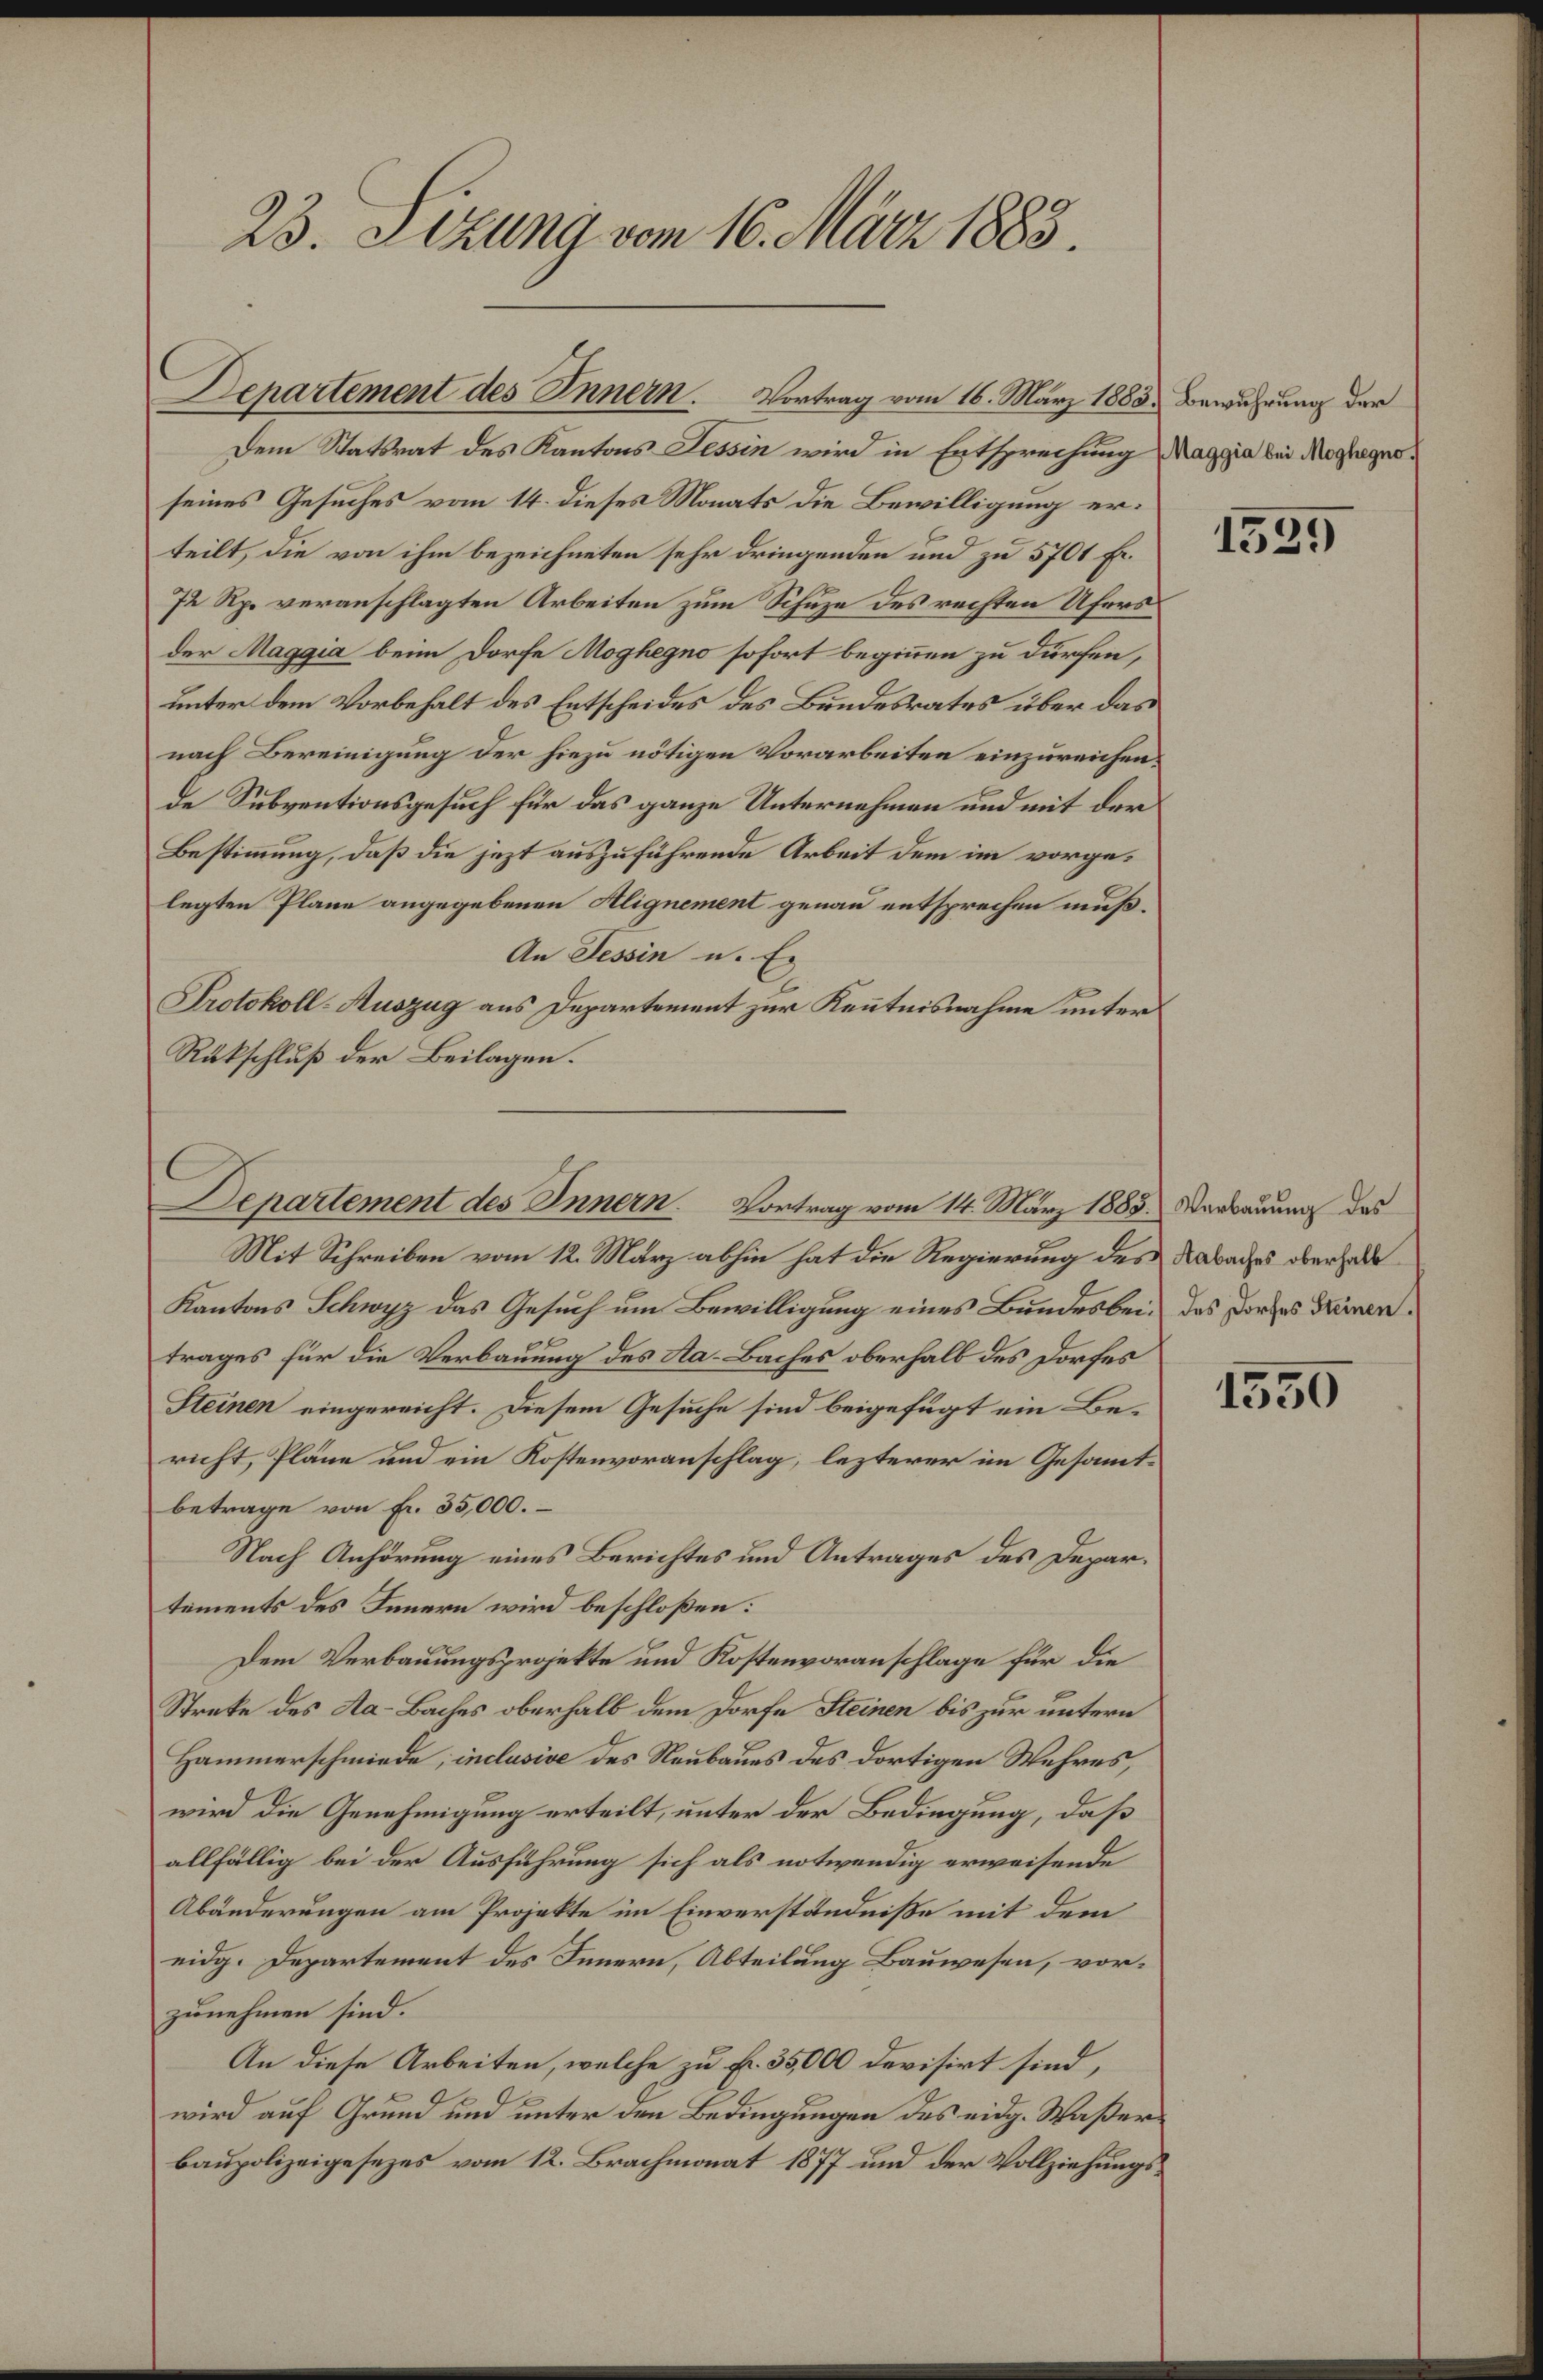
23. Sitzung vom 16. März 1885.

Departement des Innern. Vortrag vom 16. März 1883. Bewährung der

Departement des Innern. Vortrag vom 14. März 1888. Verbauung des

Dem Statsrat des Kantons Tessin wird in Entsprechung Maggia bei Moghegno.
seines Gesuches vom 14. dieses Monats die Bewilligung erteilt, die von ihm bezeichneten sehr dringenden und zu 5701 Fr.
72 Rp. veranschlagten Arbeiten zum Schuze des rechten Ufersder Maggia beim Dorfe Moghegno sofort beginnen zu dürfen,
unter dem Vorbehalt des Entscheides des Bundesrates über das
nach Bereinigung der hiezu nötigen Vorarbeiten einzureichen.
de Subventionsgesuch für das ganze Unternehmen und mit der
Bestimmung, daß die jezt auszuführende Arbeit dem im vorgelegten Plane angegebenen Alignement genau entsprechen muß¬
An Tessin u. Ex
Protokoll-Auszug aus Departement zur Kenntnisnahme unter
Rükschluß der Beilagen.
Mit Schreiben vom 12. März abhin hat die Regierung des Kabaches oberhande
Kantons Schwyz das Gesuch um Bewilligung eines Bundesbei- des dortes Steinen
trages für die Verbauung des Aa-Baches oberhalb des Dorfes
Steinen eingereicht. Diesem Gesuche sind beigefügt ein Bericht, Pläne und ein Kostenvoranschlag, lezterer im Gesammtbetrage von fr. 35,000.
Nach Anhörung eines Berichtes und Antrages des Departements des Innern wird beschloßen:
Dem Verbauungsprojekte und Kostenvoranschlage für die
Streke des Aa-Baches oberhalb dem Dorfe Steinen bis zur untern
Hammerschmiede, inclusive des Neubaues des dortigen Wahres,
wird die Genehmigung erteilt, unter der Bedingung, daß
allfällig bei der Ausführung sich als notwendig erweisende
Abänderungen am Projekte im Einverständniße mit dem
eidg. Departement des Innern, Abteilung Bauwesen, vorzunehmen sind.
An diese Arbeiten, welche zu Fr. 35,000 devisirt sind,
wird auf Grund und unter den Bedingungen des eidg. Waßerbaupolizeigesezes vom 12. Brachmonat 1877 und der Vollziehungs¬

1525

1550